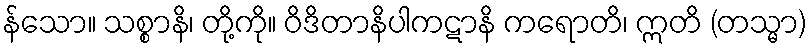
န်သော။ သစ္စာနိ၊ တို့ကို။ ဝိဒိတာနိပါကဋာနိ ကရောတိ၊ ဣတိ (တသ္မာ)